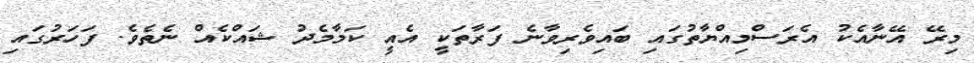
މިރޭ އޭނާއެކު އެރަސްމިއްޔާތުގައި ބައިވެރިވާނެ ފަރާތަކީ އެއީ ކަމާމެދު ޝައްކެއް ނެތެވެ. ފަހަރުގައި